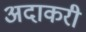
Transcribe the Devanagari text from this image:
अदाकरी